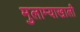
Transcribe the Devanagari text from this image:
मुलाम्याखाली